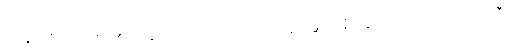
အထွတ်ရှိသောအိမ်၏။ အချက်သည်။ [၀၇] သေသဒဗ္ဗသမ္ဘာရာနံ၊ ကြွင်းသော အဆောက်အဦ